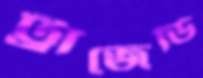
ট্রাজেডি